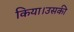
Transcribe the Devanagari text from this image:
किया।उसकी